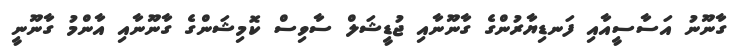
ގާނޫނު އަސާސީއާއި ފަނޑިޔާރުންގެ ގާނޫނާއި ޖުޑީޝަލް ސާވިސް ކޮމިޝަންގެ ގާނޫނާއި އާންމު ގާނޫނީ